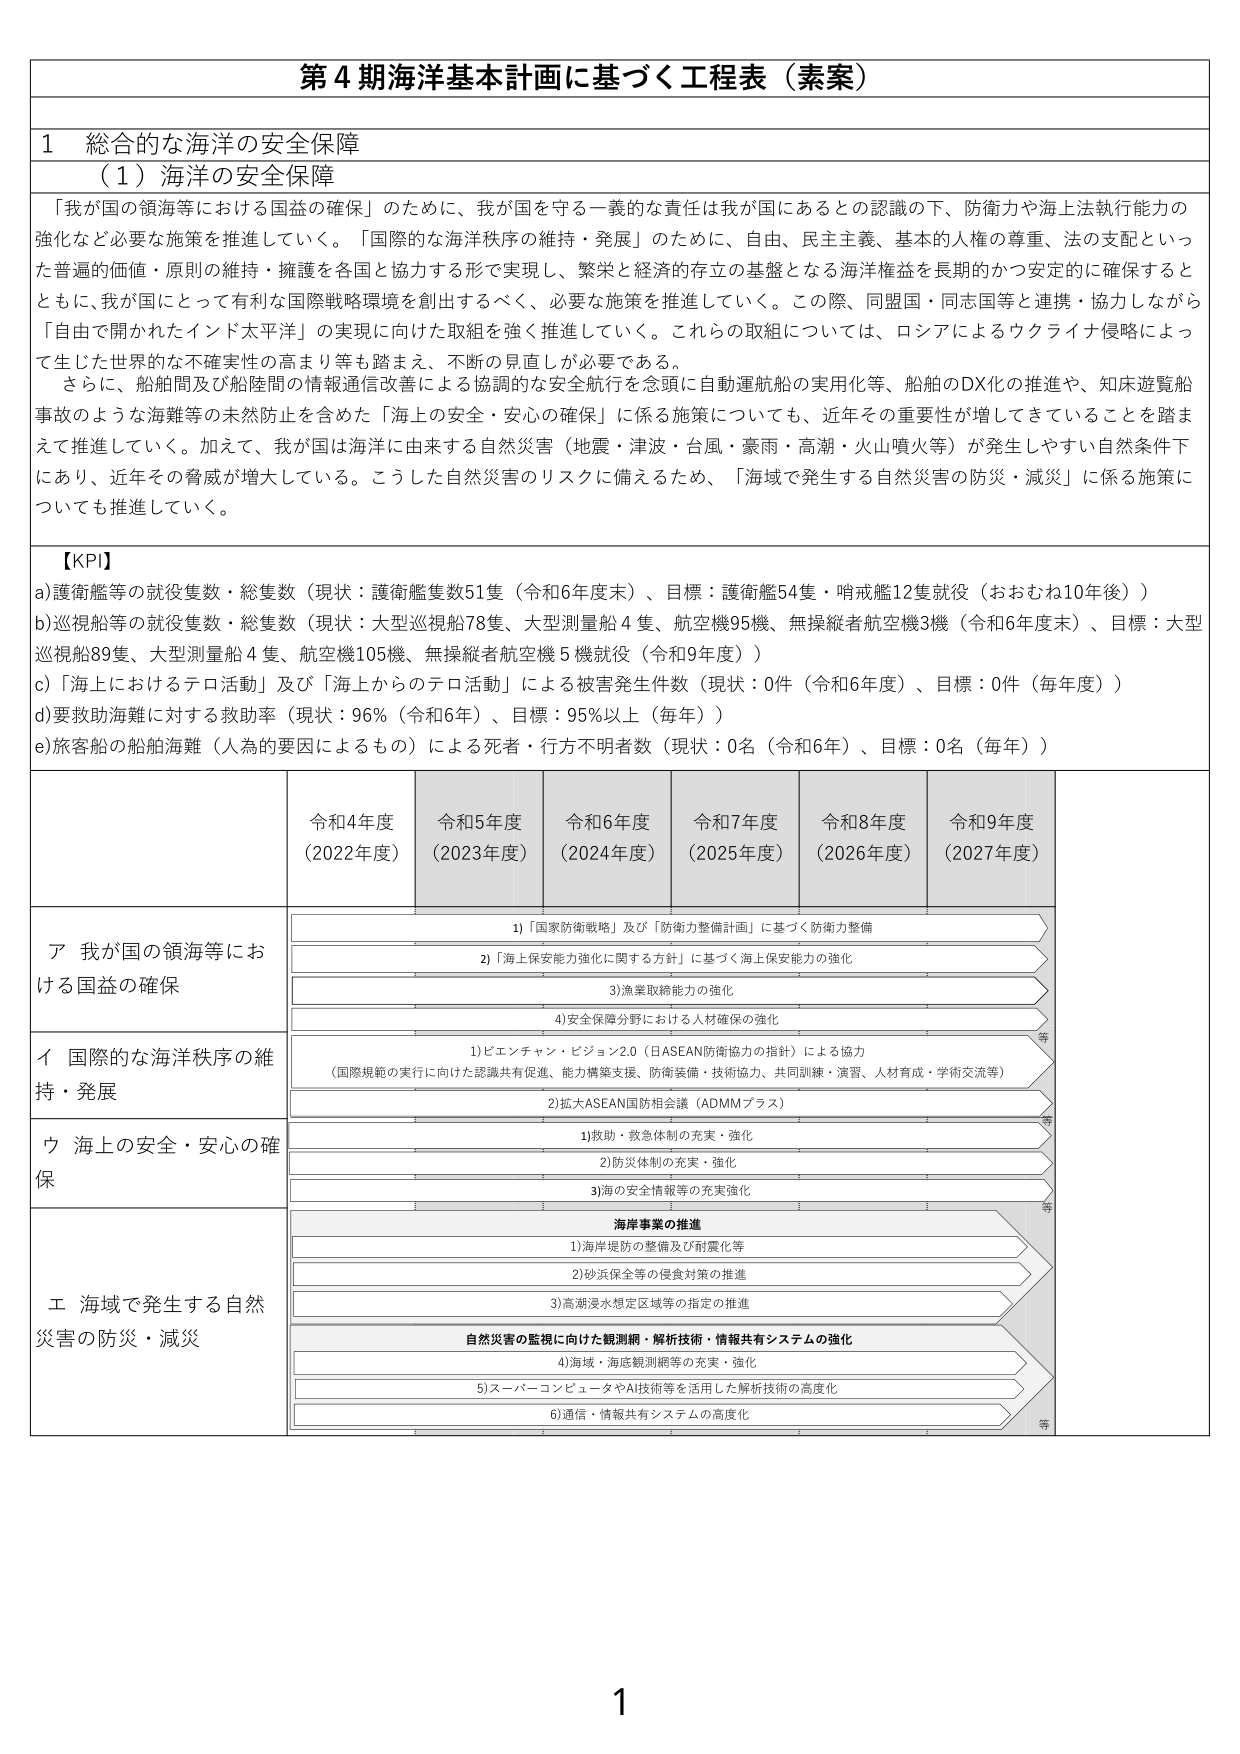
第４期海洋基本計画に基づく工程表（素案）

１ 総合的な海洋の安全保障
（１）海洋の安全保障

「我が国の領海等における国益の確保」のために、我が国を守る一義的な責任は我が国にあるとの認識の下、防衛力や海上法執行能力の強化など必要な施策を推進していく。「国際的な海洋秩序の維持・発展」のために、自由、民主主義、基本的人権の尊重、法の支配といった普遍的価値・原則の維持・擁護を各国と協力する形で実現し、繁栄と経済的存立の基盤となる海洋権益を長期的かつ安定的に確保するとともに、我が国にとって有利な国際戦略環境を創出するべく、必要な施策を推進していく。この際、同盟国・同志国等と連携・協力しながら「自由で開かれたインド太平洋」の実現に向けた取組を強く推進していく。これらの取組については、ロシアによるウクライナ侵略によって生じた世界的な不確実性の高まり等も踏まえ、不断の見直しが必要である。

さらに、船舶間及び船陸間の情報通信改善による協調的な安全航行を念頭に自動運航船の実用化等、船舶のDX化の推進や、知床遊覧船事故のような海難等の未然防止を含めた「海上の安全・安心の確保」に係る施策についても、近年その重要性が増してきていることを踏まえて推進していく。加えて、我が国は海洋に由来する自然災害（地震・津波・台風・豪雨・高潮・火山噴火等）が発生しやすい自然条件下にあり、近年その脅威が増大している。こうした自然災害のリスクに備えるため、「海域で発生する自然災害の防災・減災」に係る施策についても推進していく。

【KPI】
a) 護衛艦等の就役隻数・総隻数（現状：護衛艦隻数51隻（令和6年度末）、目標：護衛艦54隻・哨戒艦12隻就役（おおむね10年後））
b) 巡視船等の就役隻数・総隻数（現状：大型巡視船78隻、大型測量船4隻、航空機95機、無操縦者航空機3機（令和6年度末）、目標：大型巡視船89隻、大型測量船4隻、航空機105機、無操縦者航空機5機就役（令和9年度））
c) 「海上におけるテロ活動」及び「海上からのテロ活動」による被害発生件数（現状：0件（令和6年度）、目標：0件（毎年度））
d) 要救助海難に対する救助率（現状：96%（令和6年）、目標：95%以上（毎年））
e) 旅客船の船舶海難（人為的要因によるもの）による死者・行方不明者数（現状：0名（令和6年）、目標：0名（毎年））

令和4年度（2022年度） 令和5年度（2023年度） 令和6年度（2024年度） 令和7年度（2025年度） 令和8年度（2026年度） 令和9年度（2027年度）

ア 我が国の領海等における国益の確保
1) 「国家防衛戦略」及び「防衛力整備計画」に基づく防衛力整備
2) 「海上保安能力強化に関する方針」に基づく海上保安能力の強化
3) 漁業取締能力の強化
4) 安全保障分野における人材確保の強化

イ 国際的な海洋秩序の維持・発展
1) ビエンチャン・ビジョン2.0（日ASEAN防衛協力の指針）による協力（国際規範の実行に向けた認識共有促進、能力構築支援、防衛装備・技術協力、共同訓練・演習、人材育成・学術交流等）
2) 拡大ASEAN国防相会議（ADMMプラス）

ウ 海上の安全・安心の確保
1) 救助・救急体制の充実・強化
2) 防災体制の充実・強化
3) 海の安全情報等の充実強化

エ 海域で発生する自然災害の防災・減災
海岸事業の推進
1) 海岸堤防の整備及び耐震化等
2) 砂浜保全等の侵食対策の推進
3) 高潮浸水想定区域等の指定の推進
自然災害の監視に向けた観測網・解析技術・情報共有システムの強化
4) 海域・海底観測網等の充実・強化
5) スーパーコンピュータやAI技術等を活用した解析技術の高度化
6) 通信・情報共有システムの高度化

等
等
等

1